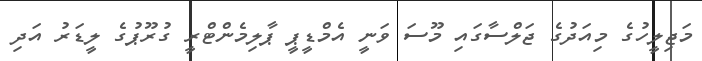
މަޖިލީހުގެ މިއަދުގެ ޖަލްސާގައި މޫސަ ވަނީ އެމްޑީޕީ ޕާލިމެންޓްރީ ގުރޫޕުގެ ލީޑަރު އަދި